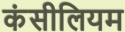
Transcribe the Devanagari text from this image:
कंसीलियम